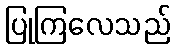
ပြုကြလေသည်